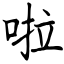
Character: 啦